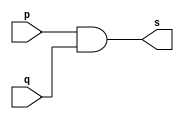
//--------------------------------------
//Exemplo0003 - AND
//Nome: Guilherme Diniz de Assumpcao
//Matrcula: 462269
//---------------------------------------

//------------------
//-- and gate
//------------------

module andgate(output s,
					input p,
					input q);
	assign s = p & q;
endmodule //andgate

//----------------
//-- test and gate
//----------------

module testandgate;
//------------- dados locais
	reg a,b; //definir registrador
	wire s; //definir conexo(fio)
	
//------------------- instancia
	andgate AND1(s,a,b);
//-------------------- preparao
	initial begin:start
			//atribuio simultnea
			//dos valores iniciais
		a=0;b=0;
	end
//--------------------- parte principal

	initial begin
		$display("Exemplo0003 - Guilherme Diniz de Assumpcao  - 462269");
		$display("Test AND gate");
		$display("\na & b = s\n");
		a=0;b=0;
		#1	$display("%b & %b = %b",a,b,s);
			a=0;b=1;
		#1	$display("%b & %b = %b",a,b,s);
			a=1;b=0;
		#1	$display("%b & %b = %b",a,b,s);
			a=1;b=1;
		#1	$display("%b & %b = %b",a,b,s);
	end

endmodule //testnotgate